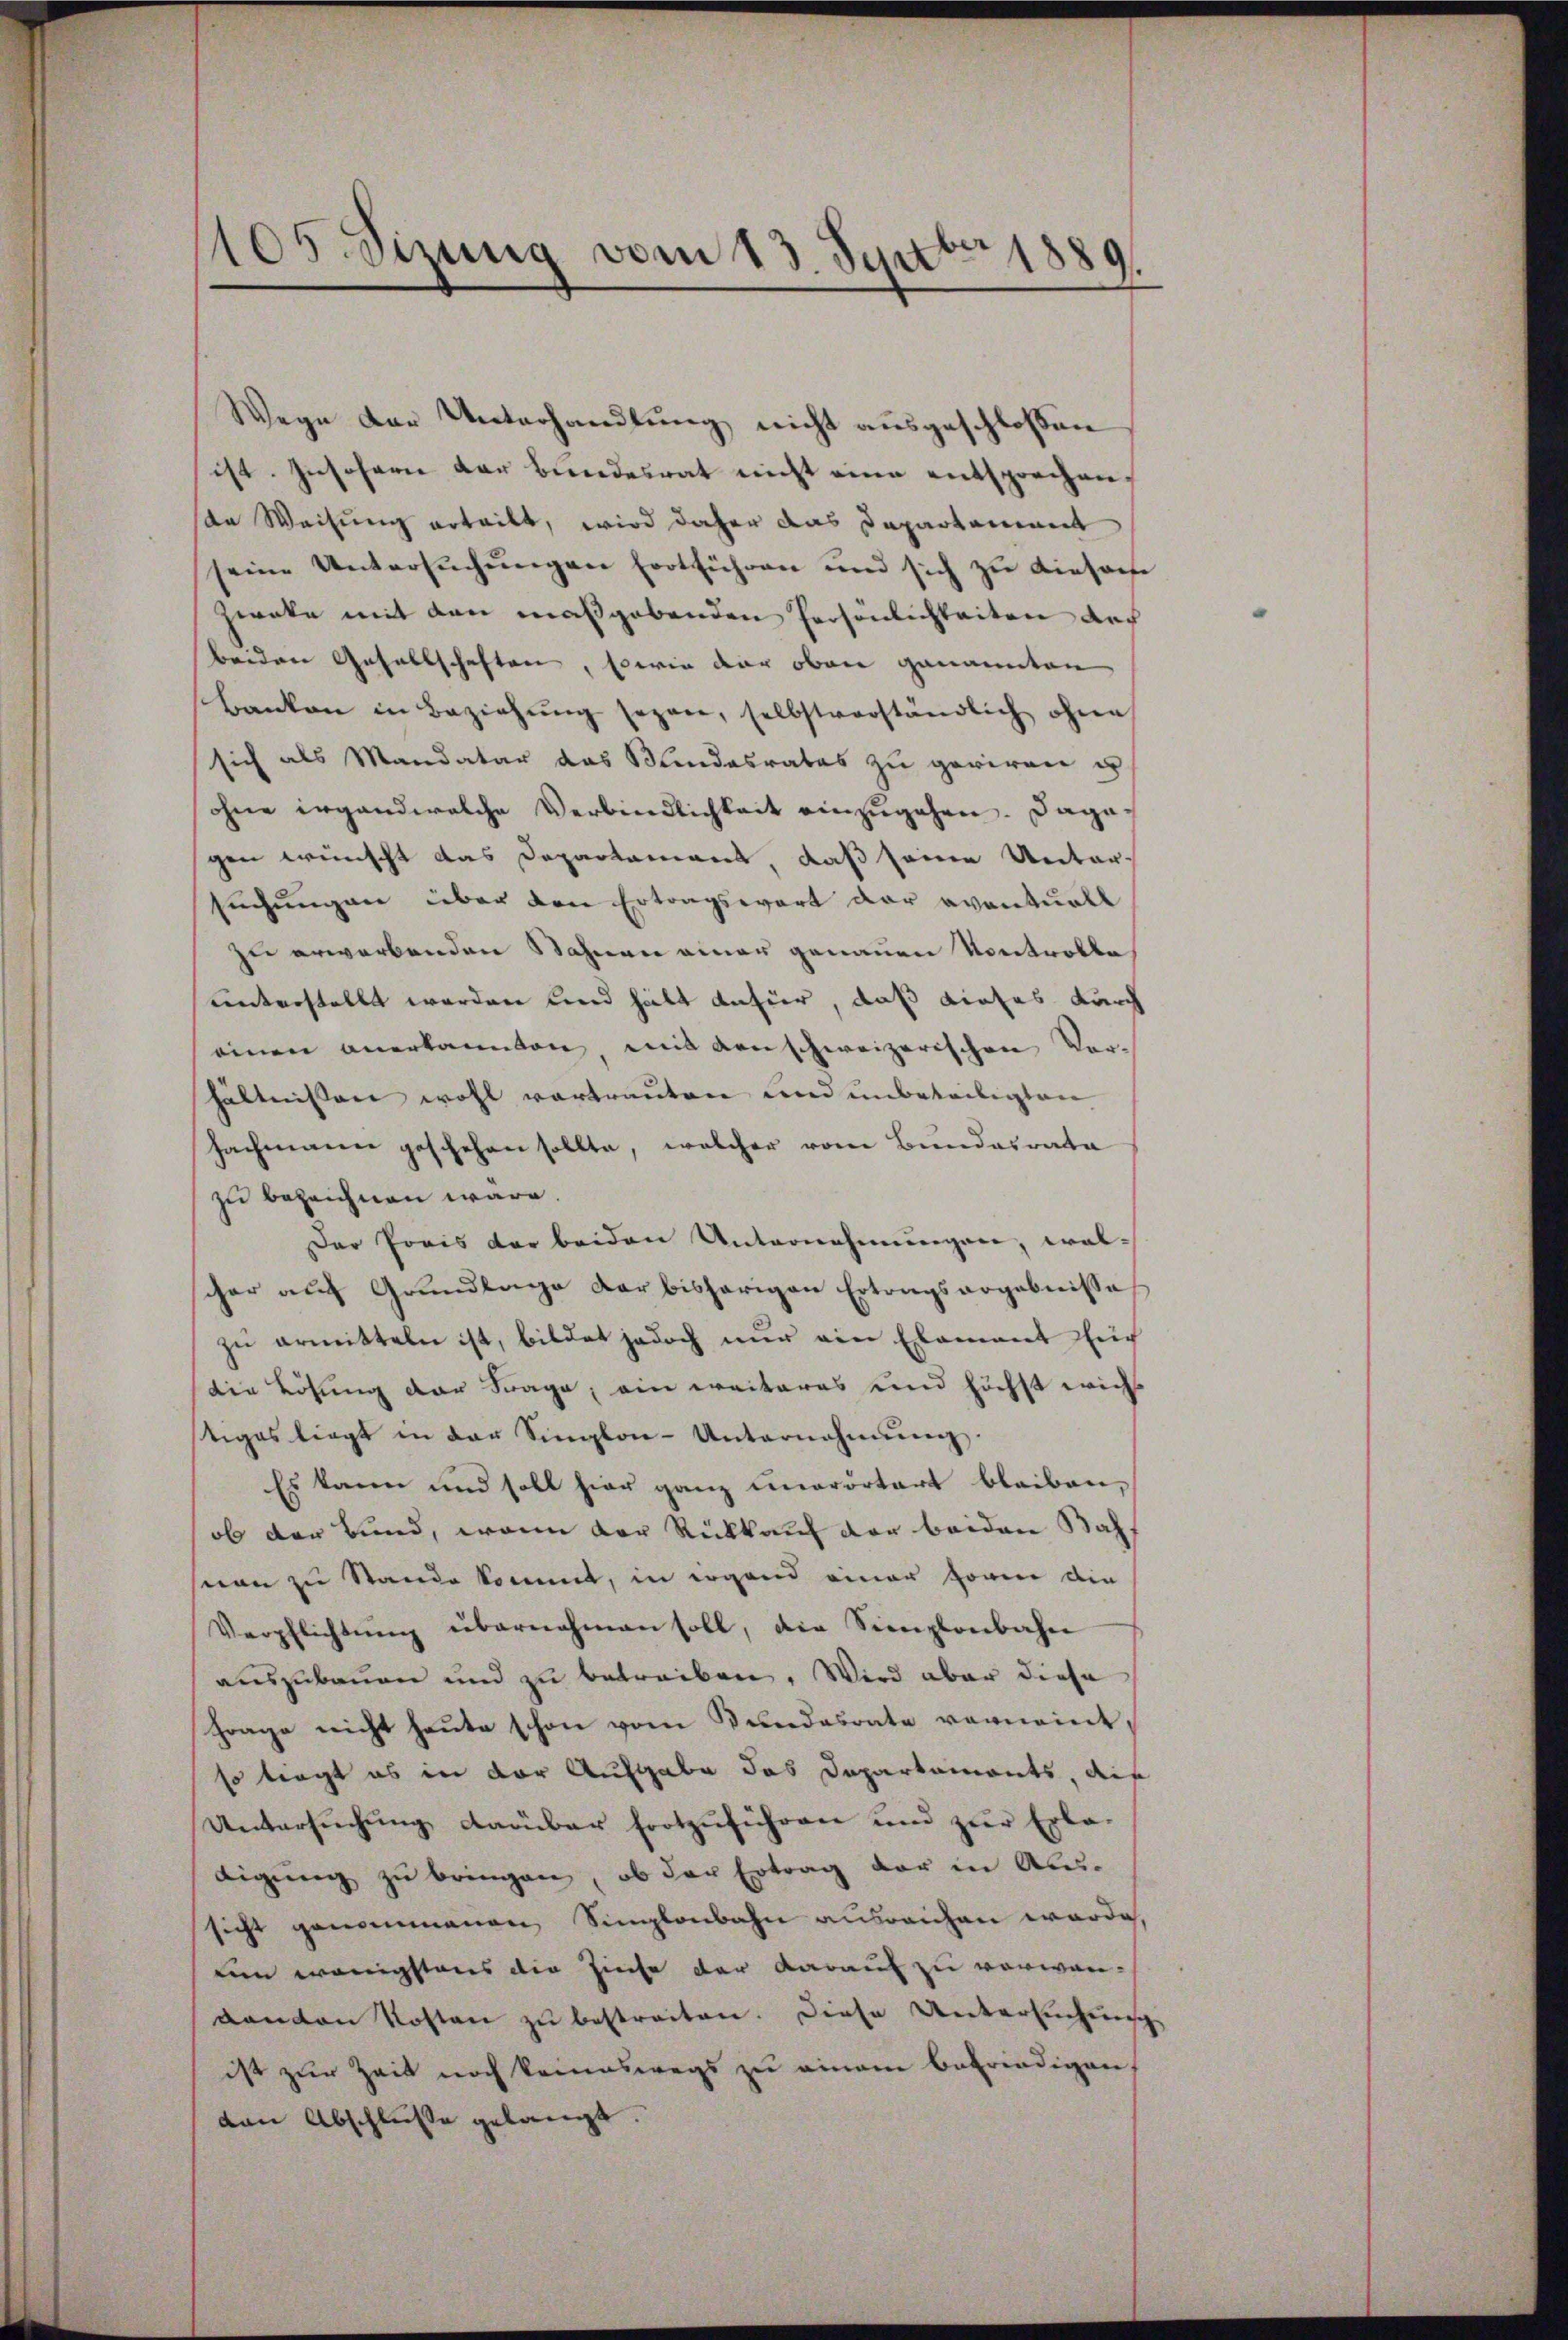
105. Sizung vom 13. Sept. 1889.

Wege der Unterhandlung nicht ausgeschlossen
ist. Insofern der Bundesrat nicht eine entsprechen,
dn Weisung erteilt, wird daher das Departement
seine Untersŭchŭngen fortführen und sich zŭ diesene
Zweke mit den maßgebenden Persönlichkeiten der
Beiden Gesellschaften, sowie der oben genannten
Banken in Beziehŭng sezen, selbstverständlich ohne
sich als Mandatar das Bundesrates zu geriren un
ohne irgendwelche Verbindlichkeit einzugehen. Dagegen wünscht das Departamens daß seine Unter-
suchungen über den Ertragswort der eventuell
zu erwerbenden Sahnen einer genauen Kontrolle,
unterstellt werden und hält dafür, daß dieses durch
einen anerkannten, mit den schweizerischen Ver-
hältnissen wohl vortrauten und unbeteiligten
Fachmann geschehen sollte, welcher vom Bundesrata
zu bezeichnen wäre.
Der Preis der beiden Unternehmungen, wal-
scher auf Grundlage der bisherigen Ertragsergebnisse
zu ermitteln ist, bildet jedoch nur ein Element ein
die Lösung der Frage, ein weiteres und höchst wichs
tiges liegt in der Sington-Unternehmung.
Es kann und soll hier ganz unerörtert bleiben,
ob der Bund, wenn der Rückkauf der beiden Bahl
sion zu Stande kommt, in irgend einer Form die
Verpflichtŭng übernahmen soll, die Simplonbahn
auszubauen und zu betreiben. Wird aber diese
Frage nicht heute schon vom Bundesrate vornennt,
so tragt es in der Aufgabe das Departamonts, die
Untersuchung darüber trotzuführen und zur Erla-
tigung zu bringen, ob der Ertrag der in Ab-
sicht genommenen Singlaubahn ausreichen würde,
uen wenigstens die Zieche der darauf zu verwandanken Kosten zu bestreiten. Diese Unterlichensche
ist zur Zeit noch keineswegs zu einem befriedigen,
den Abschluße gelangt.